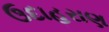
ઉદાહરાણ